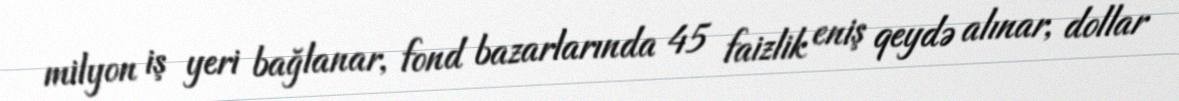
milyon iş yeri bağlanar, fond bazarlarında 45 faizlik eniş qeydə alınar, dollar